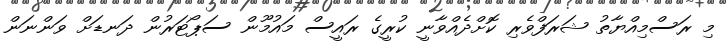
މި ރަސްމިއްޔާތު ޝަރަފްވެރި ކޮށްދެއްވާނީ ކުރީގެ ރައީސް މައުމޫން ސަޕޯޓަރުން ދަނޑަށް ވަންނަން